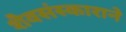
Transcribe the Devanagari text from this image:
शैवसंस्काराने